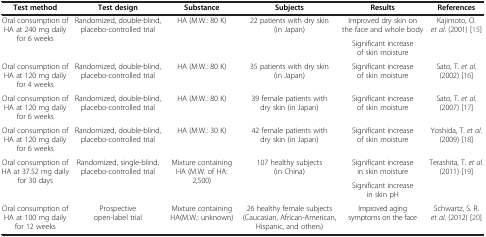
| Test method | Test design | Substance | Subjects | Results | References |
 | --- | --- | --- | --- | --- | --- |
 | <ROWSPAN=2> Oral consumption of HA at 240 mg daily for 6 weeks | <ROWSPAN=2> Randomized, double-blind, placebo-controlled trial | <ROWSPAN=2> HA (M.W.: 80 K) | <ROWSPAN=2> 22 patients with dry skin (in Japan) | Improved dry skin on the face and whole body | <ROWSPAN=2> Kajimoto, O. et al. (2001) [15] |
 | Significant increase of skin moisture |
 | Oral consumption of HA at 120 mg daily for 4 weeks | Randomized, double-blind, placebo-controlled trial | HA (M.W.: 80 K) | 35 patients with dry skin (in Japan) | Significant increase of skin moisture | Sato, T. et al. (2002) [16] |
 | Oral consumption of HA at 120 mg daily for 6 weeks | Randomized, double-blind, placebo-controlled trial | HA (M.W.: 80 K) | 39 female patients with dry skin (in Japan) | Significant increase of skin moisture | Sato, T. et al. (2007) [17] |
 | Oral consumption of HA at 120 mg daily for 6 weeks | Randomized, double-blind, placebo-controlled trial | HA (M.W.: 30 K) | 42 female patients with dry skin (in Japan) | Significant increase of skin moisture | Yoshida, T. et al. (2009) [18] |
 | <ROWSPAN=2> Oral consumption of HA at 37.52 mg daily for 30 days | <ROWSPAN=2> Randomized, single-blind, placebo-controlled trial | <ROWSPAN=2> Mixture containing HA (M.W. of HA: 2,500) | <ROWSPAN=2> 107 healthy subjects (in China) | Significant increase in skin moisture | <ROWSPAN=2> Terashita, T. et al. (2011) [19] |
 | Significant increase in skin pH |
 | Oral consumption of HA at 100 mg daily for 12 weeks | Prospective open-label trial | Mixture containing HA(M.W.: unknown) | 26 healthy female subjects (Caucasian, African-American, Hispanic, and others) | Improved aging symptoms on the face | Schwartz, S. R. et al. (2012) [20] |